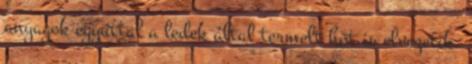
anyagok egyúttal a ledek által termelt hõt is elvezetik.